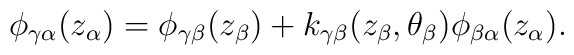
\phi_{\gamma\alpha}(z_\alpha) = \phi_{\gamma\beta}(z_\beta) + k_{\gamma\beta}(z_\beta,\theta_\beta) \phi_{\beta\alpha}(z_\alpha).